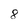
Character: 8